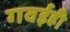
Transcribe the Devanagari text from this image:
गवईही